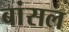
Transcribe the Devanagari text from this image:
बांसल